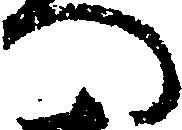
へ